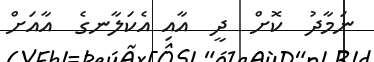
ނަމާދު  ކޮށް  ދީ  އާއި އެކަލާނގެ  އާއަށް